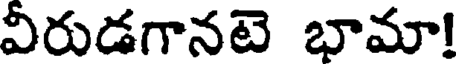
విరుడగానటె భామా!